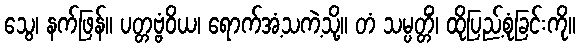
သွေ၊ နက်ဖြန်။ ပတ္တဗ္ဗံဝိယ၊ ရောက်အံ့သကဲ့သို့။ တံ သမ္ပတ္တိံ၊ ထိုပြည့်စုံခြင်းကို။